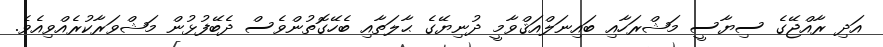
އަދި ރާއްޖޭގެ ސިޔާސީ މަޝްރަހާއި ބައިނަލްއަޤްވާމީ ދުނިޔޭގެ ޙާލަތާއި ބެހޭގޮތުންވެސް ދެބޭފުޅުން މަޝްވަރާކުރެއްވިއެވެ.